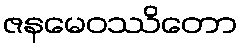
ဇနမေဝဿိတော